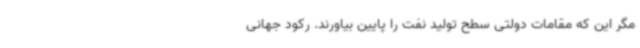
مگر این که مقامات دولتی سطح تولید نفت را پایین بیاورند. رکود جهانی